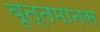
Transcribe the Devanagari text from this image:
वृत्तमानस